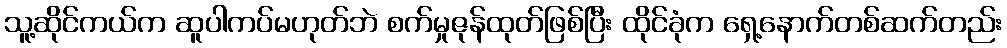
သူ့ဆိုင်ကယ်က ဆူပါကပ်မဟုတ်ဘဲ စက်မှုဇုန်ထုတ်ဖြစ်ပြီး ထိုင်ခုံက ရှေ့နောက်တစ်ဆက်တည်း